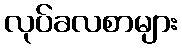
လုပ်ခလစာများ